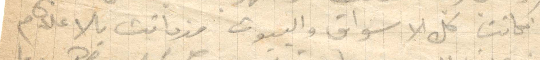
فكانت كل الأسواق والبيون مزدانت بالاعلام